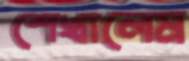
শেখালেম